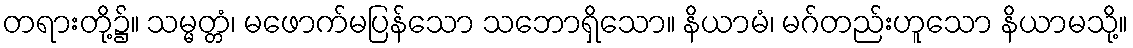
တရားတို့၌။ သမ္မတ္တံ၊ မဖောက်မပြန်သော သဘောရှိသော။ နိယာမံ၊ မဂ်တည်းဟူသော နိယာမသို့။